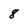
Character: 8